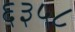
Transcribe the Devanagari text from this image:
६३५८